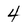
Character: 4